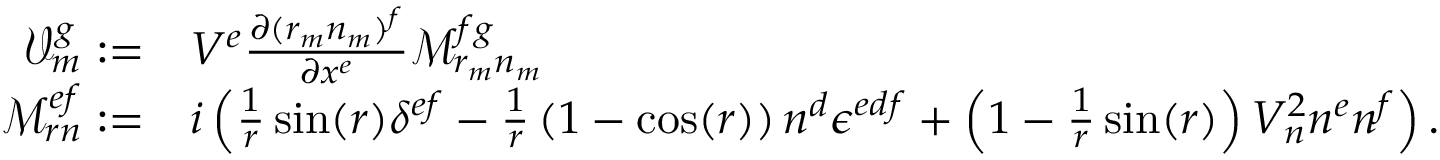
\begin{array} { r l } { \mathcal { V } _ { m } ^ { g } : = } & { V ^ { e } \frac { \partial ( r _ { m } n _ { m } ) ^ { f } } { \partial x ^ { e } } \mathcal { M } _ { r _ { m } n _ { m } } ^ { f g } } \\ { \mathcal { M } _ { r n } ^ { e f } : = } & { i \left( \frac { 1 } { r } \sin ( r ) \delta ^ { e f } - \frac { 1 } { r } \left( 1 - \cos ( r ) \right) n ^ { d } \epsilon ^ { e d f } + \left( 1 - \frac { 1 } { r } \sin ( r ) \right) V _ { n } ^ { 2 } n ^ { e } n ^ { f } \right) . } \end{array}